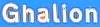
Ghalion